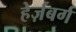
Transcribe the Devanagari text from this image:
हेर्ज़बर्ग